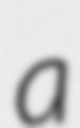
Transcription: a